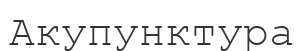
Акупунктура